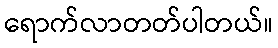
ရောက်လာတတ်ပါတယ်။